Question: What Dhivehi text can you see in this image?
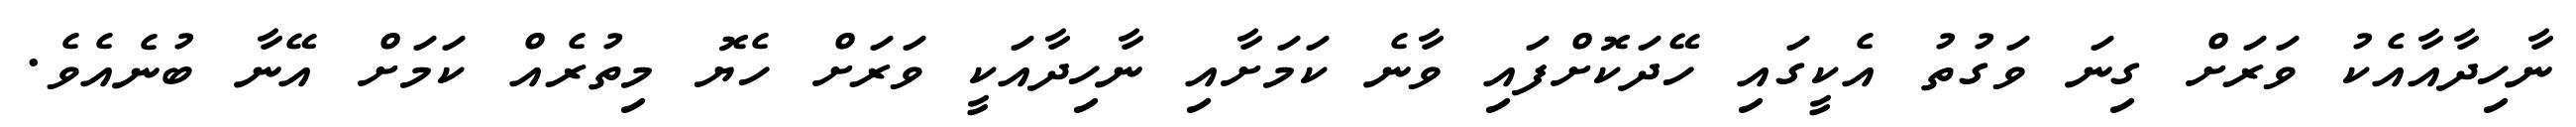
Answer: ނާހިދާއާއެކު ވަރަށް ގިނަ ވަގުތު އެކީގައި ހޭދަކޮށްފައި ވާނެ ކަމަށާއި ނާހިދާއަކީ ވަރަށް ހެޔޮ މިތުރެއް ކަމަށް އޭނާ ބުނެއެވެ.